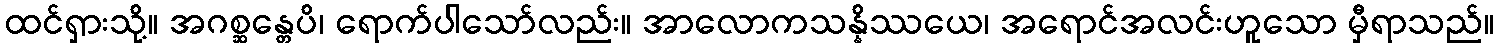
ထင်ရှားသို့။ အဂစ္ဆန္တေပိ၊ ရောက်ပါသော်လည်း။ အာလောကသန္နိဿယေ၊ အရောင်အလင်းဟူသော မှီရာသည်။